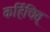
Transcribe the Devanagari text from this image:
कर्हिचित्